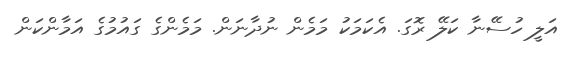
އަލީ ހުސޭނާ ކަލޭ ރޮގަ. އެކަމަކު މަމެން ނުދާނަން. މަމެންގެ ގައުމުގެ އަމާންކަން